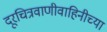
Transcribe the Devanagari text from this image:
दूरचित्रवाणीवाहिनीच्या